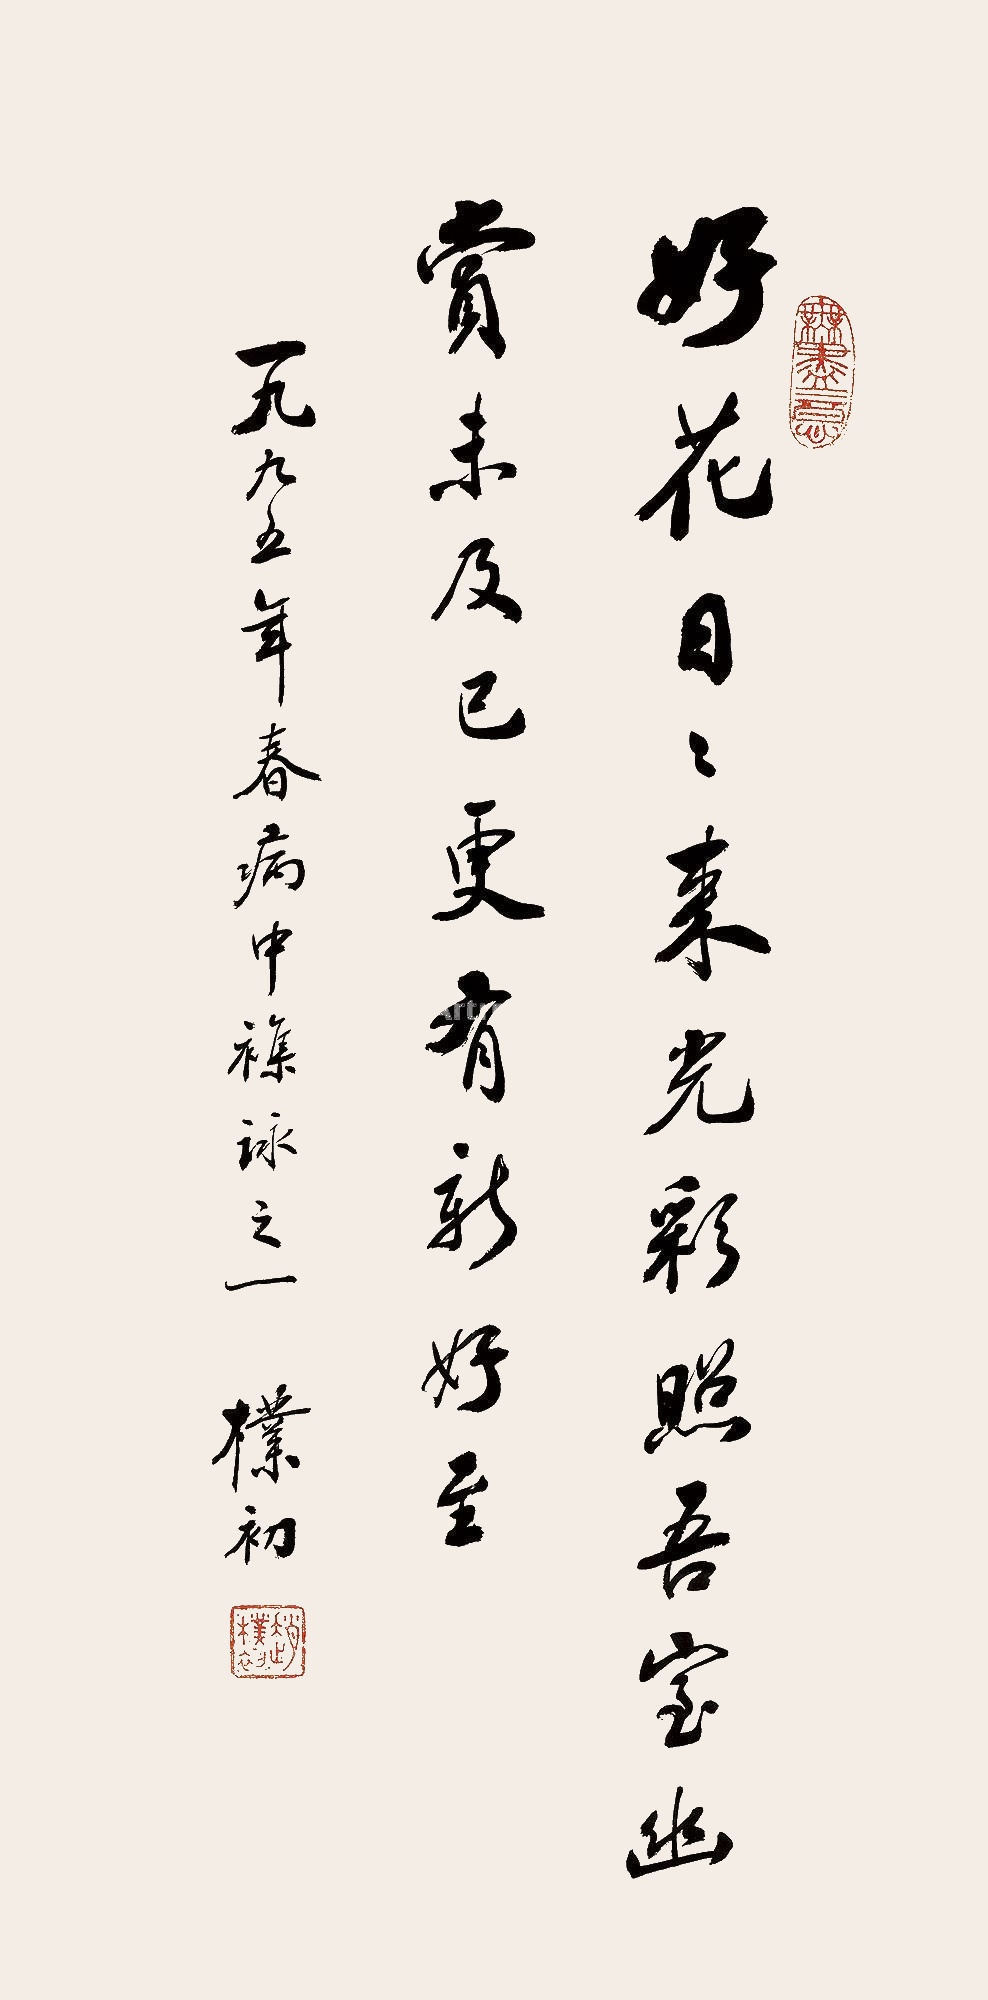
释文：好花日日来，光彩照吾室。幽赏未及已，更有新好至。一九九五年春病中杂咏之一，朴初。